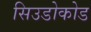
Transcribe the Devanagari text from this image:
सिउडोकोड